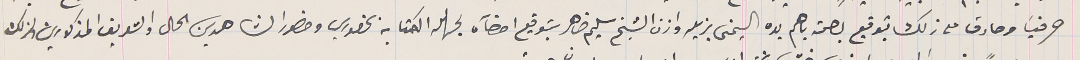
حرفياً وصادق على ذلك بتوقيع بصحة باهم يده اليمنى بزيله واذن الشيخ سليم ضاهر بتوقيع امضآه لجهله الكتابه بحضوري وحضور الشاهدين الحال والتعريف المذكورين ولذلك